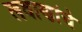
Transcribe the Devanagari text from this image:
लवाणांचे